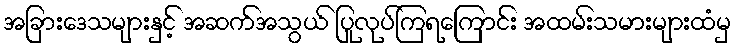
အခြားဒေသများနှင့် အဆက်အသွယ် ပြုလုပ်ကြရကြောင်း အထမ်းသမားများထံမှ